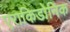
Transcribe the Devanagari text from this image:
एराकिडोनिक